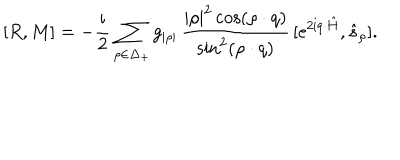
[ R , M ] = - \mathrm { \frac { i } { 2 } } \sum _ { \rho \in \Delta _ { + } } g _ { | \rho | } \thinspace { \frac { | \rho | ^ { 2 } \cos ( \rho \cdot q ) } { \sin ^ { 2 } ( \rho \cdot q ) } } \thinspace [ \mathrm { e } ^ { 2 \mathrm { i } q \cdot \hat { H } } , \hat { s } _ { \rho } ] .